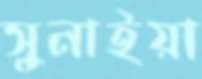
সুনাইয়া